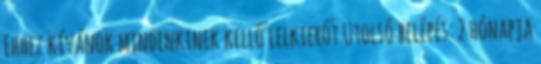
Ehhez kívánok mindenkinek kellő lelkierőt Utolsó belépés: 2 hónapja